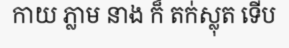
កាយ ភ្លាម នាង ក៏ តក់ស្លុត ទើប